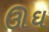
ઊઘ